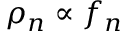
\rho _ { n } \propto f _ { n }